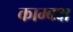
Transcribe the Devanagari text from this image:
काम्बक्ष